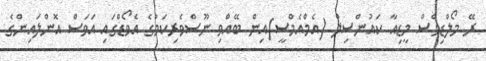
ރޭ މޯލްޑިވްސް މީޑިއާ ކައުންސިލް (އެމްއެމްސީ)އިން ބޭއްވި ނޫސްވެރިކަމުގެ އެވޯޑްގައި އަވަސް އޮންލައިންގެ